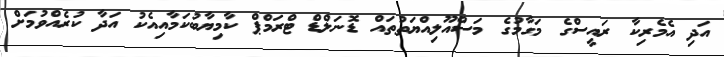
އަދި އެމެރިކާ ރައީސްގެ މަގާމުގެ މަސްއޫލިއްޔަތުތައް ޑޮނަލްޑް ޓްރަމްޕް ކާމިޔާބުކަމާއިއެކު އަދާ ކުރެއްވުމަށް